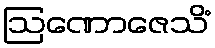
ဩဏောဇေသိံ